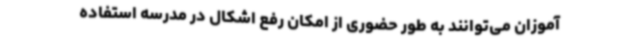
آموزان می‌توانند به طور حضوری از امکان رفع اشکال در مدرسه استفاده